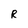
Character: R